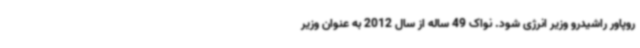
روپاور راشیدرو وزیر انرژی شود. نواک 49 ساله از سال 2012 به عنوان وزیر